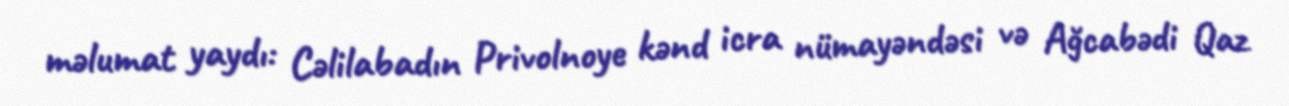
məlumat yaydı: Cəlilabadın Privolnoye kənd icra nümayəndəsi və Ağcabədi Qaz